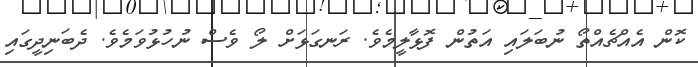
ކޮން އެއްޗެއްތޯ ނުބަލައި އަތުން ފޮޅާލީމެވެ. ރަނގަޅަށް ލޯ ވެސް ނުހުޅުވަމެވެ. ދެބަނިދީގައި